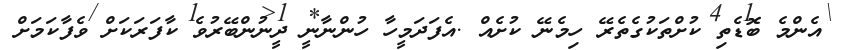
އެންމެ ބޮޑެތި ކުށްތަކުގެތެރޭ ހިމެނޭ ކުށެއް .އެފަދަމީހާ ހުންނާނީ ދީނުންބޭރުވެ ކާފަރަކަށް ވެފާކަމަށް